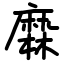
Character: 𪎦